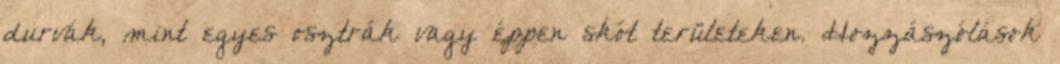
durvák, mint egyes osztrák vagy éppen skót területeken. Hozzászólások